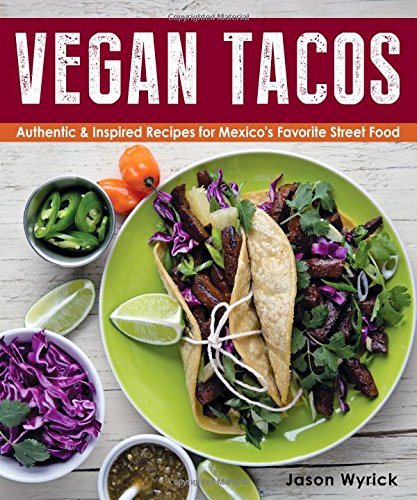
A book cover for Vegan Tacos: Authentic and Inspired Recipes for Mexico's Favorite Street Food; Jason Wyrick; Cookbooks, Food & Wine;